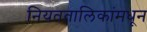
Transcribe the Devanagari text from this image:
नियततालिकांमधून